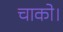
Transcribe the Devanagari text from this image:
चाको।